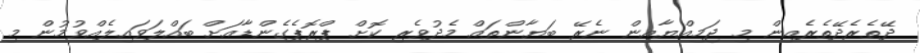
ދޭތެރެދޭތެރެއިން މި ޖަމިއްޔާއިން ނެރޭ ބަޔާންތައް މެދުވެރި ކޮށް ޕްރޮޕެގެންޑާއަށް ބައްލަވައިލެއްވުމުން މި